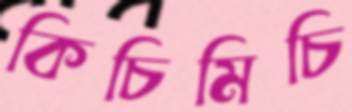
কিচিমিচি